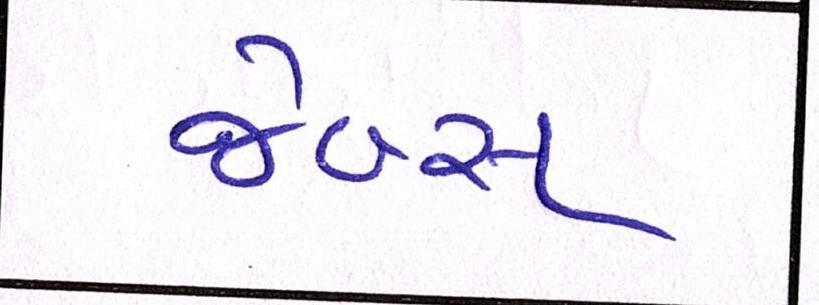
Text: જેબ્સ